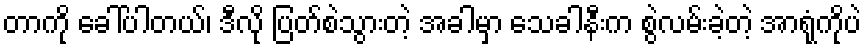
တာကို ခေါ်ပါတယ်၊ ဒီလို ပြတ်စဲသွားတဲ့ အခါမှာ သေခါနီးက စွဲလမ်းခဲ့တဲ့ အာရုံကိုပဲ